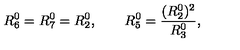
R _ { 6 } ^ { 0 } = R _ { 7 } ^ { 0 } = R _ { 2 } ^ { 0 } , \qquad R _ { 5 } ^ { 0 } = \frac { ( R _ { 2 } ^ { 0 } ) ^ { 2 } } { R _ { 3 } ^ { 0 } } ,